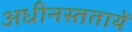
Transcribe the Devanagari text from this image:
अधीनस्ततायें